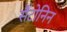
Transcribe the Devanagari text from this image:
सैंटोनिन